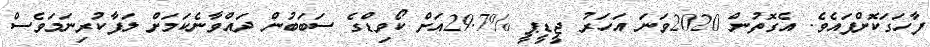
ފާހަގަކޮށްފައެވެ. އެގޮތުން 2020ވަނަ އަހަރު ޖީޑީޕީ %29.7އަށް ކޯވިޑްގެ ސަބަބުން ދައްވާނެކަމަށް ލަފާކުރިނަމަވެސް